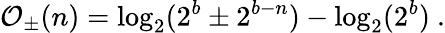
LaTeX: \mathcal{O}_{\pm}(n)=\log_{2}(2^{b}\pm 2^{b-n})-\log_{2}(2^{b})\ .